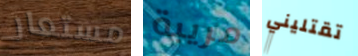
مستعار مريبة تقتليني